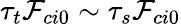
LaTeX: \tau_{t}\mathcal{F}_{ci0}\sim\tau_{s}\mathcal{F}_{ci0}